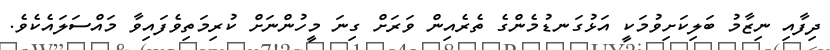
ދިފާއި ނިޒާމު ބަލިކަށިވުމަކީ އަޅުގަނޑުމެންގެ ތެރެއިން ވަރަށް ގިނަ މީހުންނަށް ކުރިމަތިވެފައިވާ މައްސަލައެކެވެ.